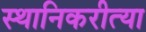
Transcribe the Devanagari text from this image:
स्थानिकरीत्या